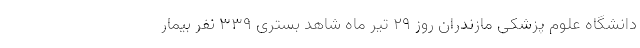
دانشگاه علوم پزشکی مازندران روز ۲۹ تیر ماه شاهد بستری ۳۳۹ نفر بیمار